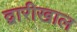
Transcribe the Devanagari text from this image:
द्वारीखाल